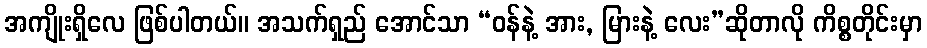
အကျိုးရှိလေ ဖြစ်ပါတယ်။ အသက်ရှည် အောင်သာ “ဝန်နဲ့ အား, မြားနဲ့ လေး”ဆိုတာလို ကိစ္စတိုင်းမှာ